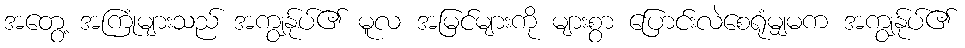
အတွေ့ အကြုံများသည် အကျွန်ုပ်၏ မူလ အမြင်များကို များစွာ ပြောင်းလဲစေရုံမျှမက အကျွန်ုပ်၏